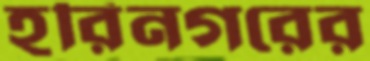
হরিনগরের